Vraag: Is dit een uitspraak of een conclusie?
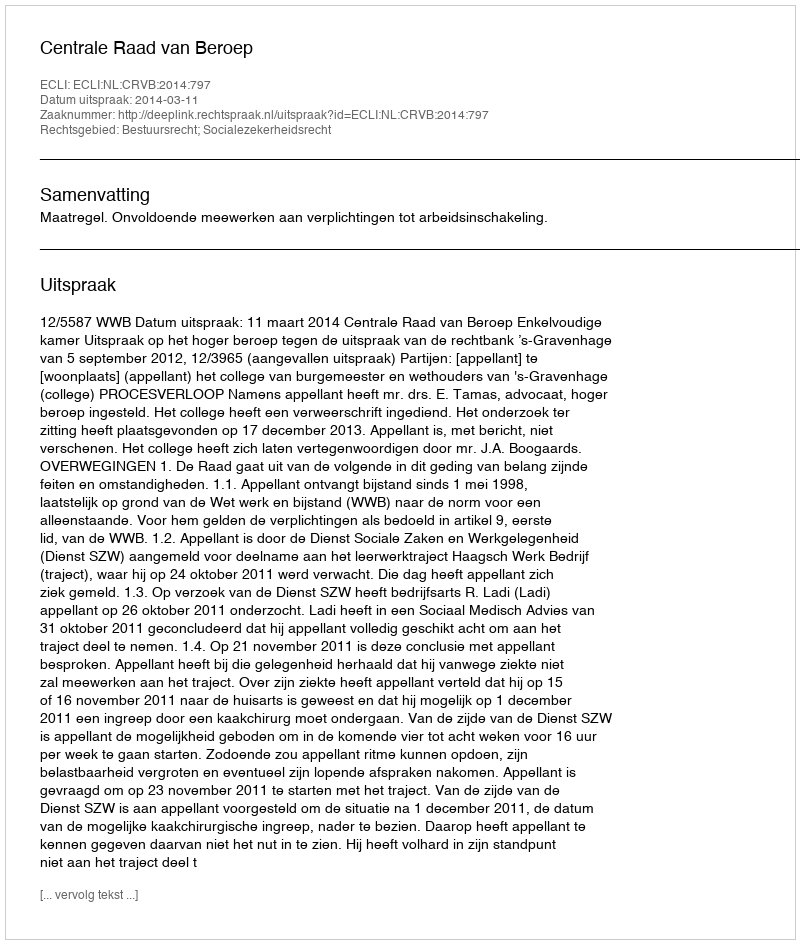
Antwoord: Uitspraak